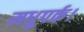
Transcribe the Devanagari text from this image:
मधुपर्क।